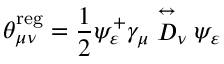
\theta _ { \mu \nu } ^ { \mathrm { r e g } } = \frac 1 2 \psi _ { \varepsilon } ^ { + } \gamma _ { \mu } \stackrel { \leftrightarrow } { D } _ { \nu } \psi _ { \varepsilon }